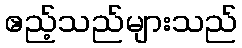
ဧည့်သည်များသည်